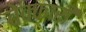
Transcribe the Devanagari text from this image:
बेक्कारी